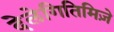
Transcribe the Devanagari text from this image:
देलेगितिमिज़े